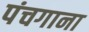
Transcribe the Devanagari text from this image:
पंचगाना